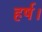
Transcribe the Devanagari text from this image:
हर्ष।